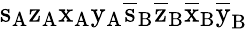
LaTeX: \mathrm{s_{A}\mathrm{z_{A}\mathrm{x_{A}\mathrm{y_{A}\mathrm{\overline{{s}}_{B}\mathrm{\overline{{z}}_{B}\mathrm{\overline{{x}}_{B}\mathrm{\overline{{y}}_{B}}}}}}}}}